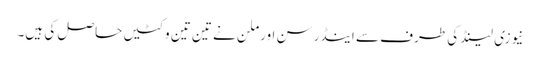
نیوزی لینڈ کی طرف سے اینڈرسن اور ملن نے تین تین وکٹیں حاصل کی ہیں۔